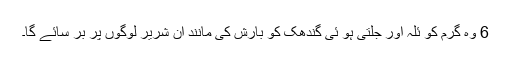
6 وہ گرم کو ئلہ اور جلتی ہو ئی گندھک کو بارش کی مانند ان شریر لوگوں پر بر سائے گا۔